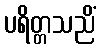
ပရိတ္တသညိံ